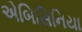
એબિસિનિયા